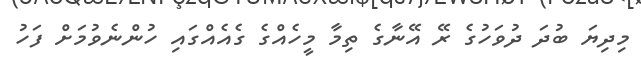
މިދިޔަ ބުދަ ދުވަހުގެ ރޭ އޭނާގެ ތިމާ މީހެއްގެ ގެއެއްގައި ހުންނެވުމަށް ފަހު